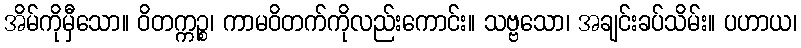
အိမ်ကိုမှီသော။ ဝိတက္ကဉ္စ၊ ကာမဝိတက်ကိုလည်းကောင်း။ သဗ္ဗသော၊ အချင်းခပ်သိမ်း။ ပဟာယ၊